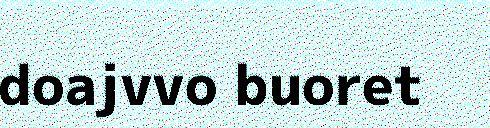
doajvvo buoret